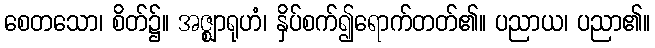
စေတသော၊ စိတ်၌။ အဇ္ဈာရုဟံ၊ နှိပ်စက်၍ရောက်တတ်၏။ ပညာယ၊ ပညာ၏။